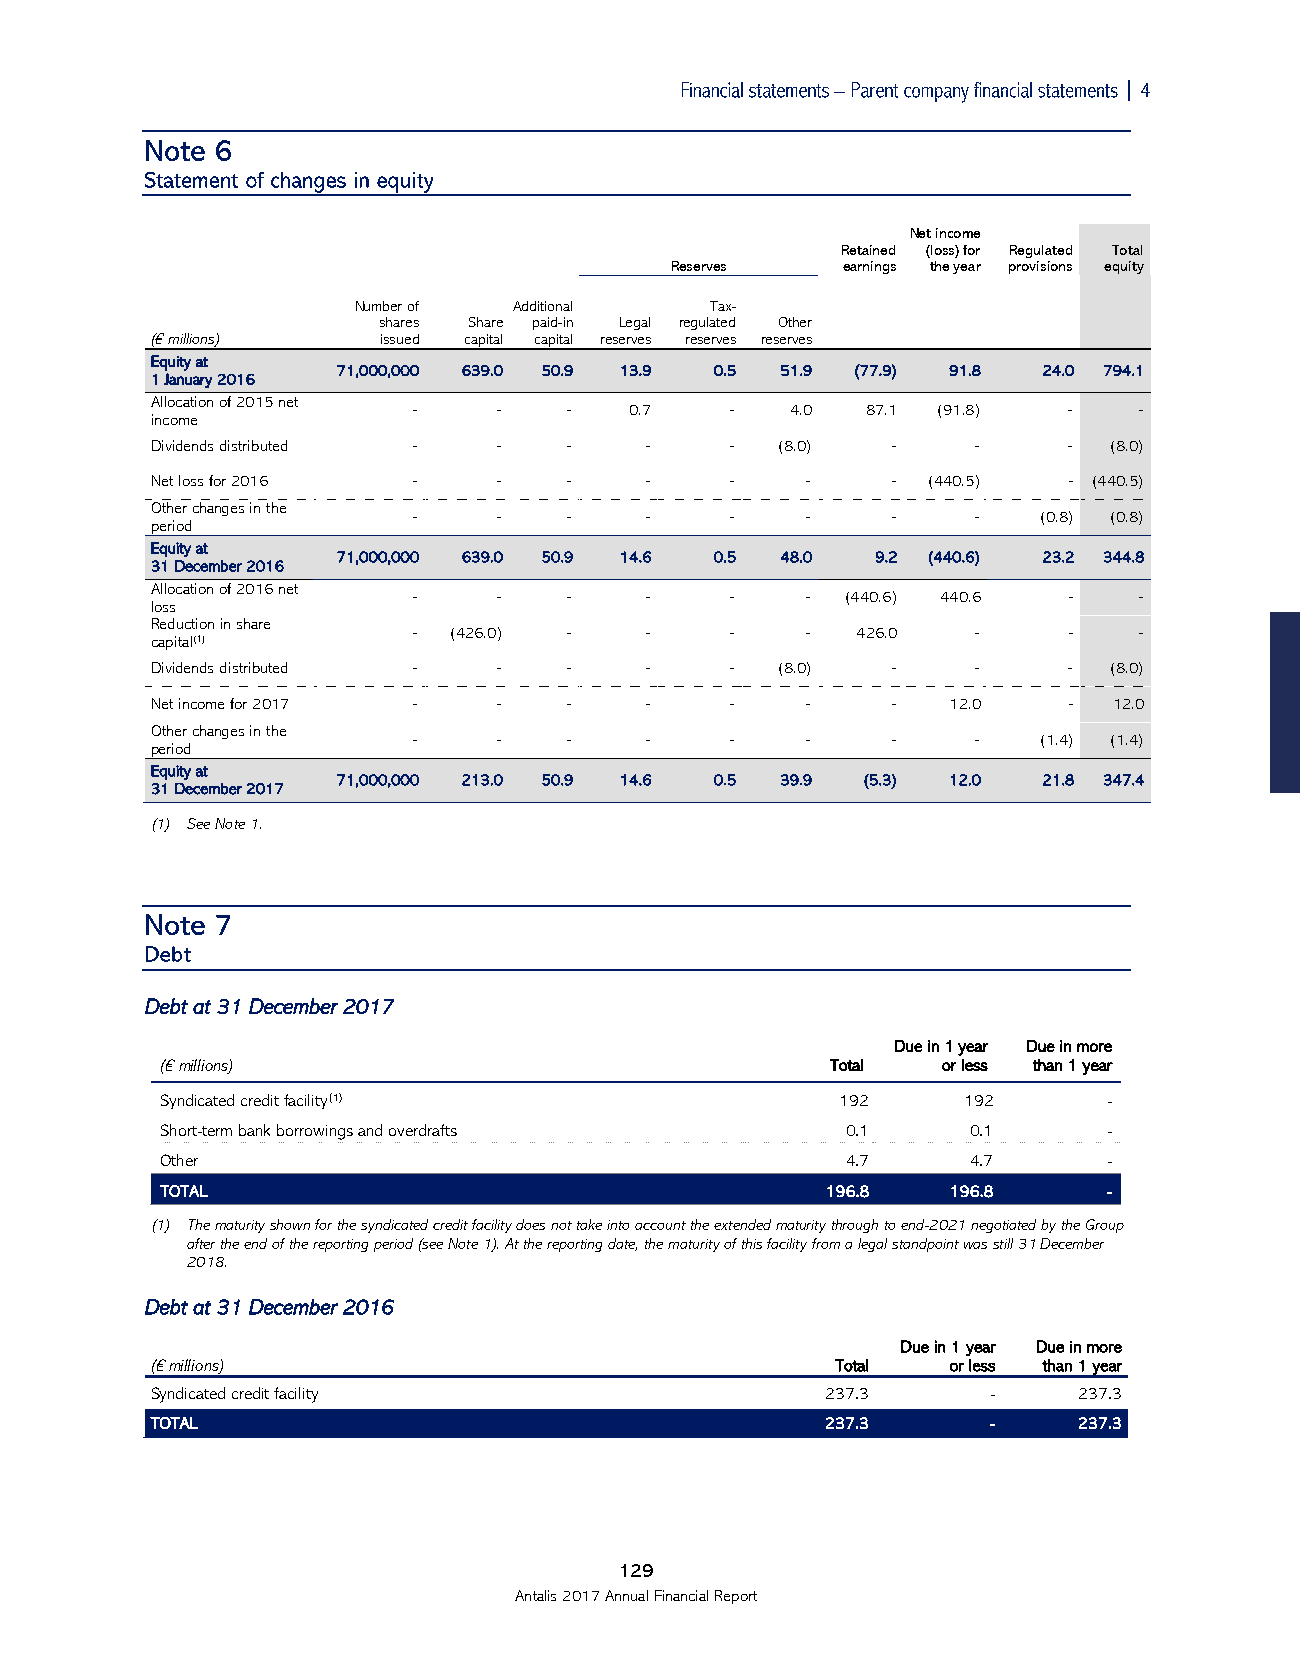

 Net income
 Retained (loss) for Regulated Total
 Reserves    earnings the year provisions equity
 Number of  Additional   Tax-
 shares Share paid-in Legal regulated Other
 (€ millions)   issued capital capital reserves reserves reserves
 Equity at
 71,000,000 639.0 50.9 13.9 0.5 51.9 (77.9) 91.8 24.0 794.1
 1 January 2016
 Allocation of 2015 net
 ‑     ‑   ‑    0.7   ‑   4.0  87.1 (91.8)   ‑   ‑
 income
 Dividends distributed ‑ ‑  ‑     ‑    ‑  (8.0)   ‑    ‑      ‑ (8.0)
 Net loss for 2016 ‑    ‑   ‑     ‑    ‑    ‑     ‑ (440.5)   ‑ (440.5)
 Other changes in the
 ‑     ‑   ‑     ‑    ‑    ‑     ‑    ‑    (0.8) (0.8)
 period
 Equity at
 71,000,000 639.0 50.9 14.6 0.5 48.0 9.2 (440.6) 23.2 344.8
 31 December 2016
 Allocation of 2016 net
 ‑     ‑   ‑     ‑    ‑    ‑  (440.6) 440.6  ‑   ‑
 loss
 Reduction in share
 ‑  (426.0) ‑    ‑    ‑    ‑   426.0  ‑      ‑   ‑
 capital(1)
 Dividends distributed ‑ ‑  ‑     ‑    ‑  (8.0)   ‑    ‑      ‑ (8.0)
 Net income for 2017 ‑  ‑   ‑     ‑    ‑    ‑     ‑   12.0    ‑  12.0
 Other changes in the
 ‑     ‑   ‑     ‑    ‑    ‑     ‑    ‑    (1.4) (1.4)
 period
 Equity at
 71,000,000 213.0 50.9 14.6 0.5 39.9 (5.3) 12.0 21.8 347.4
 31 December 2017
 (1) See Note 1.
 Debt at 31 December 2017
 Due in 1 year Due in more
 (€ millions)                                Total  or less than 1 year
 Syndicated credit facility(1)                192     192      -
 Short-term bank borrowings and overdrafts    0.1     0.1      -
 Other                                        4.7     4.7      -
 TOTAL                                       196.8   196.8     -
 (1) The maturity shown for the syndicated credit facility does not take into account the extended maturity through to end-2021 negotiated by the Group
 after the end of the reporting period (see Note 1). At the reporting date, the maturity of this facility from a legal standpoint was still 31 December
 2018.
 Debt at 31 December 2016
 Due in 1 year Due in more
 (€ millions)                                 Total   or less than 1 year
 Syndicated credit facility                   237.3      -    237.3
 TOTAL                                        237.3      -    237.3
 129
 Antalis 2017 Annual Financial Report